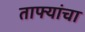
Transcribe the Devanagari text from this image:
ताफ्यांचा